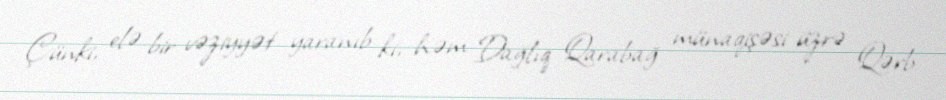
Çünki, elə bir vəziyyət yaranıb ki, həm Dağlıq Qarabağ münaqişəsi üzrə Qərb